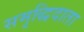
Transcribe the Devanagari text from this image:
समृद्धिदाता